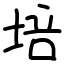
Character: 培